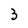
Character: 3